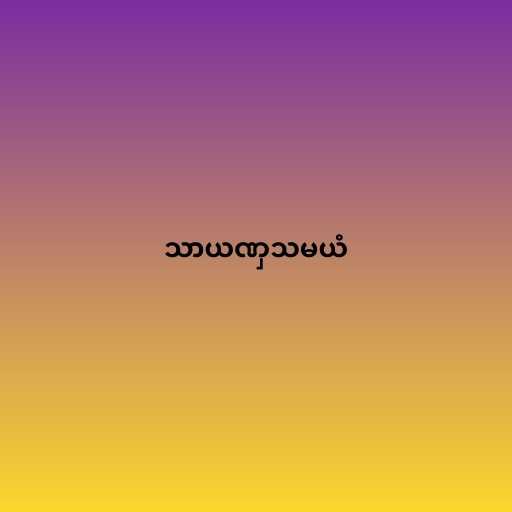
သာယဏှသမယံ